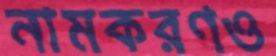
নামকরণও